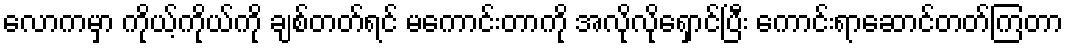
လောကမှာ ကိုယ့်ကိုယ်ကို ချစ်တတ်ရင် မကောင်းတာကို အလိုလိုရှောင်ပြီး ကောင်းရာဆောင်တတ်ကြတာ